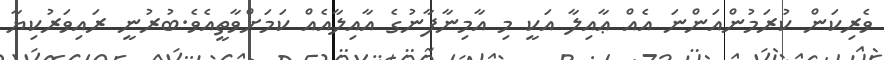
ވެރިކަން ކުރަމުންއަންނަ އެއް ޢާއިލާ އަކީ މި އާމިނާފާނުގެ އާއިލާއެއް ކަމަށްވާތީއެވެ.ބުރުނީ ރައިވަރުކިޔާ